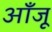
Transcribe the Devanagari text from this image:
आँजू